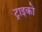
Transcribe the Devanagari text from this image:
ट्राइको